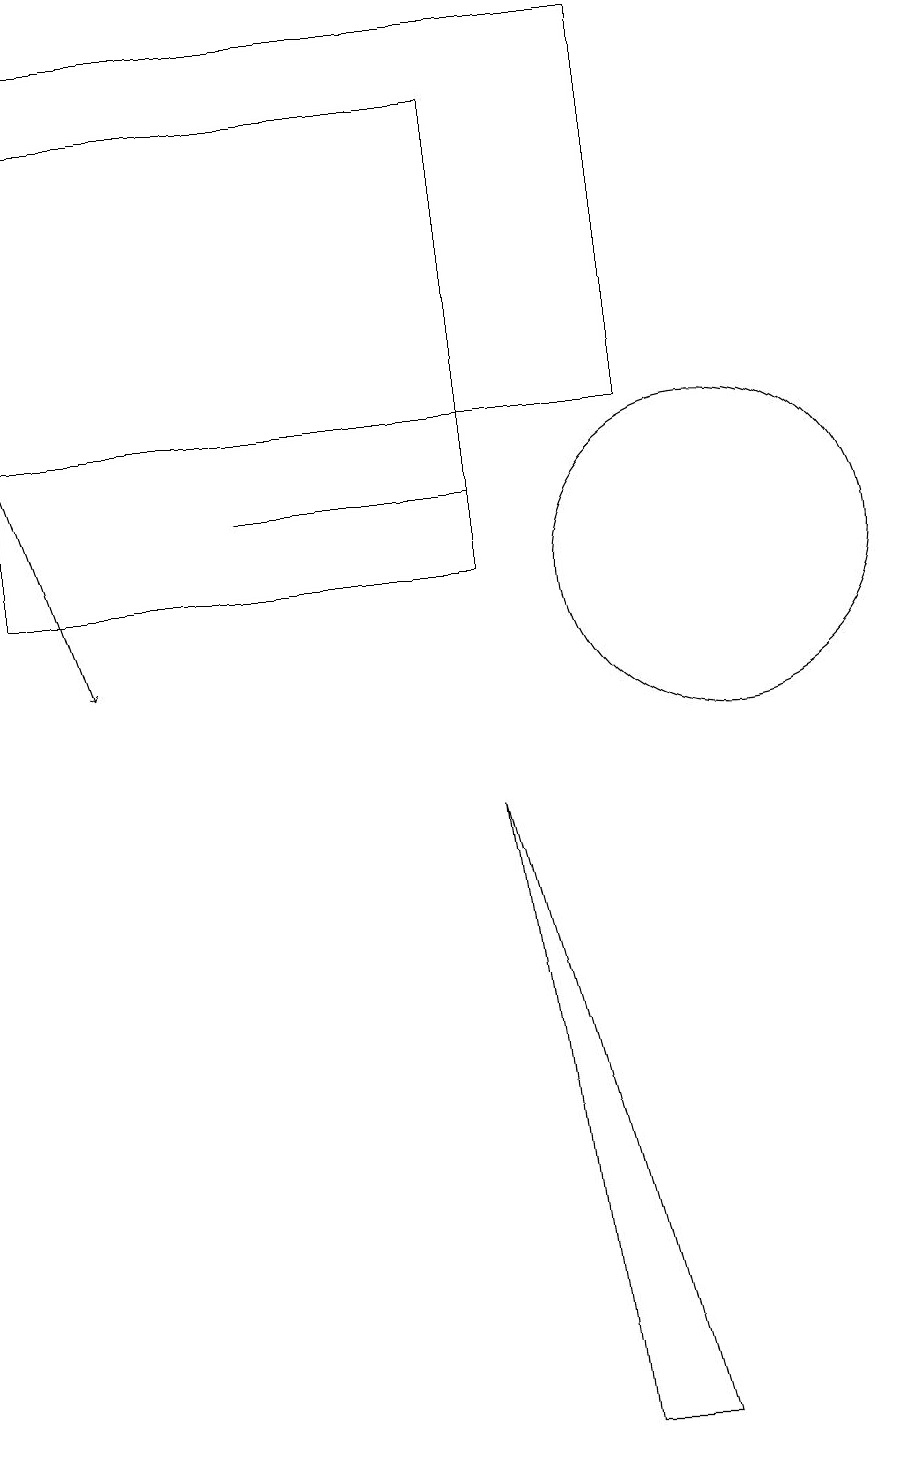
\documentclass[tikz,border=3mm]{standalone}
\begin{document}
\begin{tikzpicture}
\draw[->] (1,13) -- (2,10);
\draw (10,11) circle (2);
\draw (1,18) rectangle (9,13);
\draw (7,8) -- (8,0) -- (9,0) -- cycle;
\draw (7,11) rectangle (1,17);
\draw (4,12) rectangle (7,12);
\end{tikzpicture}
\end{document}